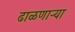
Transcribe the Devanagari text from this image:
ढाळणाऱ्या